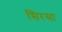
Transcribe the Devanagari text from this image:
सिरसा